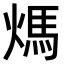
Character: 𤌬